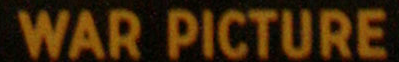
WAR PICTURE